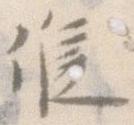
候